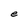
Character: e